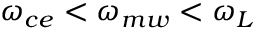
\omega _ { c e } < \omega _ { m w } < \omega _ { L }